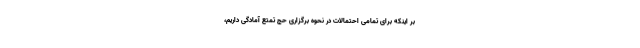
بر اینکه برای تمامی احتمالات در نحوه برگزاری حج تمتع آمادگی داریم،